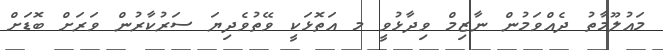
މައުލޫމާތު ދެއްވަމުން ނާޒިމް ވިދާޅުވީ މ އަތޮޅަކީ ވޭތުވެދިޔަ ސަރުކާރުން ވަރަށް ބޮޑަށް